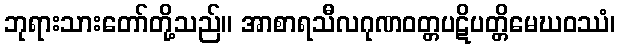
ဘုရားသားတော်တို့သည်။ အာစာရသီလဂုဏဝတ္တပဋိပတ္တိမေဃဝဿံ၊